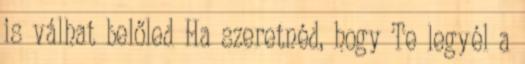
is válhat belőled Ha szeretnéd, hogy Te legyél a